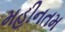
મહીનતમ